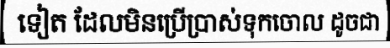
ទៀត ដែលមិនប្រើប្រាស់ទុកចោល ដូចជា